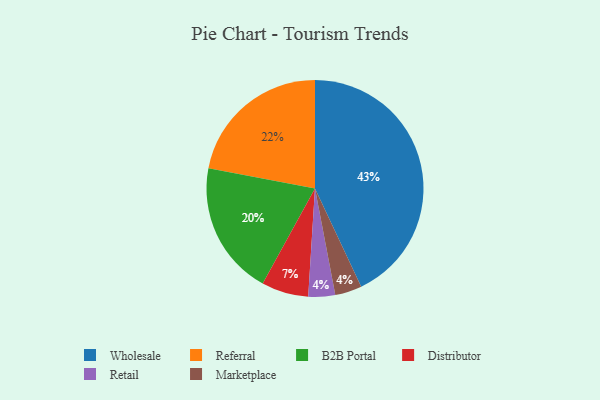
{"axis": {"x": "Category", "y": "Percentage"}, "legend": ["B2B Portal", "Distributor", "Marketplace", "Referral", "Retail", "Wholesale"], "data": [{"x": "Retail", "y": 4, "type": "Retail"}, {"x": "Marketplace", "y": 4, "type": "Marketplace"}, {"x": "Referral", "y": 22, "type": "Referral"}, {"x": "Wholesale", "y": 43, "type": "Wholesale"}, {"x": "Distributor", "y": 7, "type": "Distributor"}, {"x": "B2B Portal", "y": 20, "type": "B2B Portal"}]}